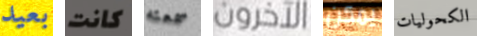
بعيد كانت سمعته الآخرون يمكن الكحوليات